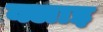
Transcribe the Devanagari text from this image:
क्लाइ